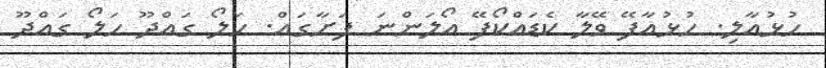
ހުޅުއާލި. ހުޅުއާފޭ ވޭލާ ކެޑައްކޯފޭ އޯލަންނަ ފަށާގައް. ހަލޯ ގައްދޫ ހަލޯ ގައްދޫ